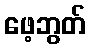
ဖေ့ဘွတ်